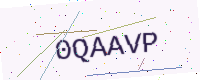
Text: 0QAAVP